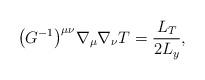
LaTeX: \begin{align*}\bigl ( G^{-1} \bigr ) ^{\mu \nu} \nabla _\mu\nabla _\nu T = \frac{L_T}{2 L_y} ,\end{align*}